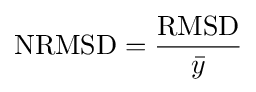
\mathrm {NRMSD} ={\frac {\mathrm {RMSD} }{\bar {y}}}